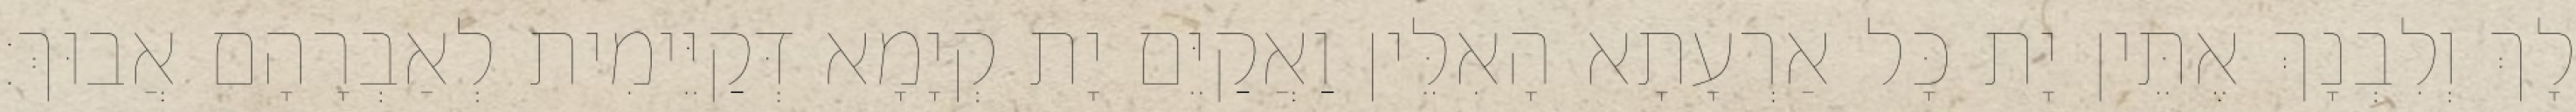
לָךְ וְלִבְנָךְ אֶתֵּין יָת כָּל אַרְעָתָא הָאִלֵּין וַאֲקַיֵּם יָת קְיָמָא דְּקַיֵּימִית לְאַבְרָהָם אֲבוּךְ׃